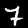
Digit: 7